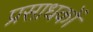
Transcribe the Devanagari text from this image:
प्रसाधकों